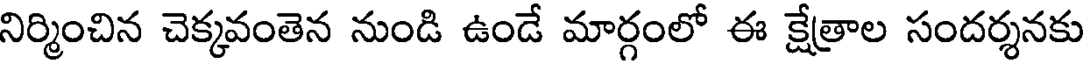
నిర్మించిన చెక్కవంతెన నుండి ఉండే మార్గంలో ఈ క్షేత్రాల సందర్శనకు